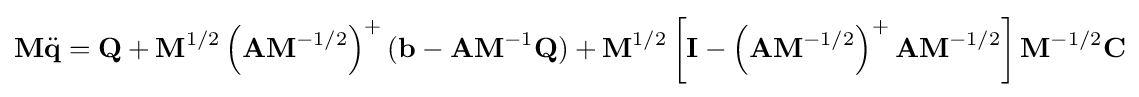
\mathbf {M} {\ddot {\mathbf {q} }}=\mathbf {Q} +\mathbf {M} ^{1/2}\left(\mathbf {A} \mathbf {M} ^{-1/2}\right)^{+}(\mathbf {b} -\mathbf {A} \mathbf {M} ^{-1}\mathbf {Q} )+\mathbf {M} ^{1/2}\left[\mathbf {I} -\left(\mathbf {A} \mathbf {M} ^{-1/2}\right)^{+}\mathbf {A} \mathbf {M} ^{-1/2}\right]\mathbf {M} ^{-1/2}\mathbf {C}